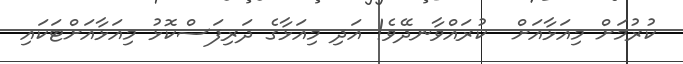
ކުރުމަށް މިއަޅާއަށް  ކުރައްވާނދޭވެ! އަދި މިއަޅާގެ ދަރިފަސްކޮޅު މިއަޅާއަށްޓަކައި